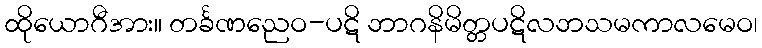
ထိုယောဂီအား။ တင်္ခဏညေဝ-ပဋိ ဘာဂနိမိတ္တပဋိလဘသမကာလမေဝ၊